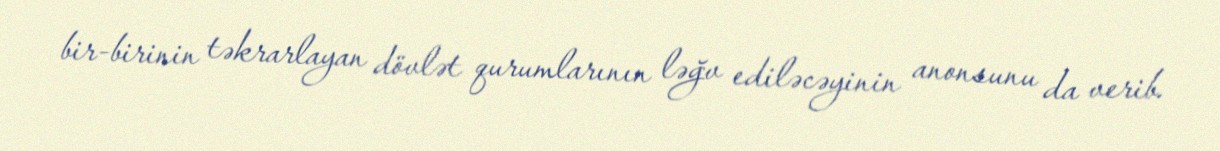
bir-birinin təkrarlayan dövlət qurumlarının ləğv ediləcəyinin anonsunu da verib.